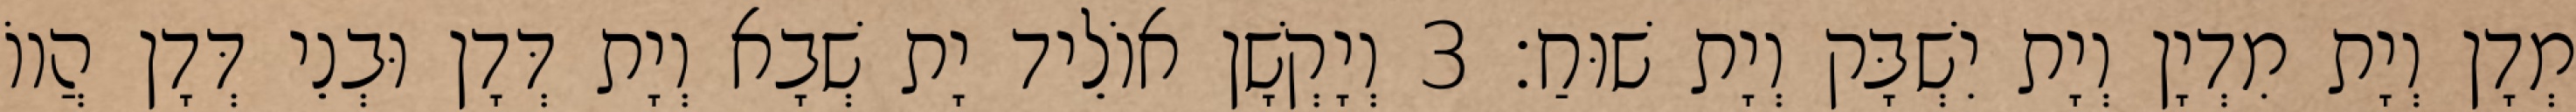
מְדָן וְיָת מִדְיָן וְיָת יִשְׁבָּק וְיָת שׁוּחַ׃ 3 וְיָקְשָׁן אוֹלֵיד יָת שְׁבָא וְיָת דְּדָן וּבְנֵי דְּדָן הֲווֹ